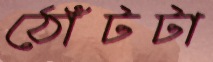
ঠোঁটটা